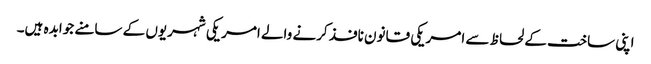
اپنی ساخت کے لحاظ سے امریکی قانون نافذ کرنے والے امریکی شہریوں کے سامنے جوابدہ ہیں۔